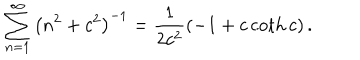
\sum _ { n = 1 } ^ { \infty } \left( n ^ { 2 } + c ^ { 2 } \right) ^ { - 1 } = \frac { 1 } { 2 c ^ { 2 } } \left( - 1 + c \coth c \right) .